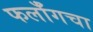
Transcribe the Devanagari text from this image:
फर्लाँगचा